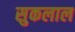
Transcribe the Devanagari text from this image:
सुकलाल